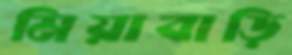
মিয়াবাড়ি